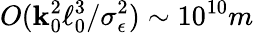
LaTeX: O(\mathbf{k}_{0}^{2}\ell_{0}^{3}/\sigma_{\epsilon}^{2})\sim10^{10}m